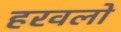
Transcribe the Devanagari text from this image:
हरवलो